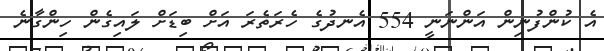
އެ ކުންފުނިން އަންނަނީ 554 އެނދުގެ ހެރަތެރަ އަށް ބިޑަށް ލައިގެން ހިންގާނެ